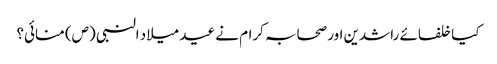
کیا خلفائے راشدین اور صحابہ کرام نے عید میلاد النبی (ص) منائی؟